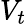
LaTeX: V_{t}